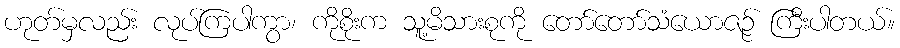
ဟုတ်မှလည်း လုပ်ကြပါကွာ၊ ကိုစိုးက သူ့မိသားစုကို တော်တော်သံယောဇဉ် ကြီးပါတယ်။